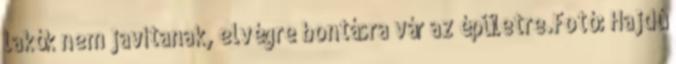
lakók nem javítanak, elvégre bontásra vár az épületre.Fotó: Hajdú